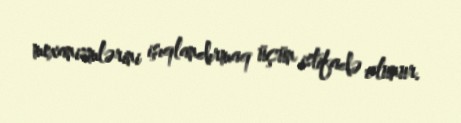
mexanizmlərini işıqlandırmaq üçün istifadə olunur.